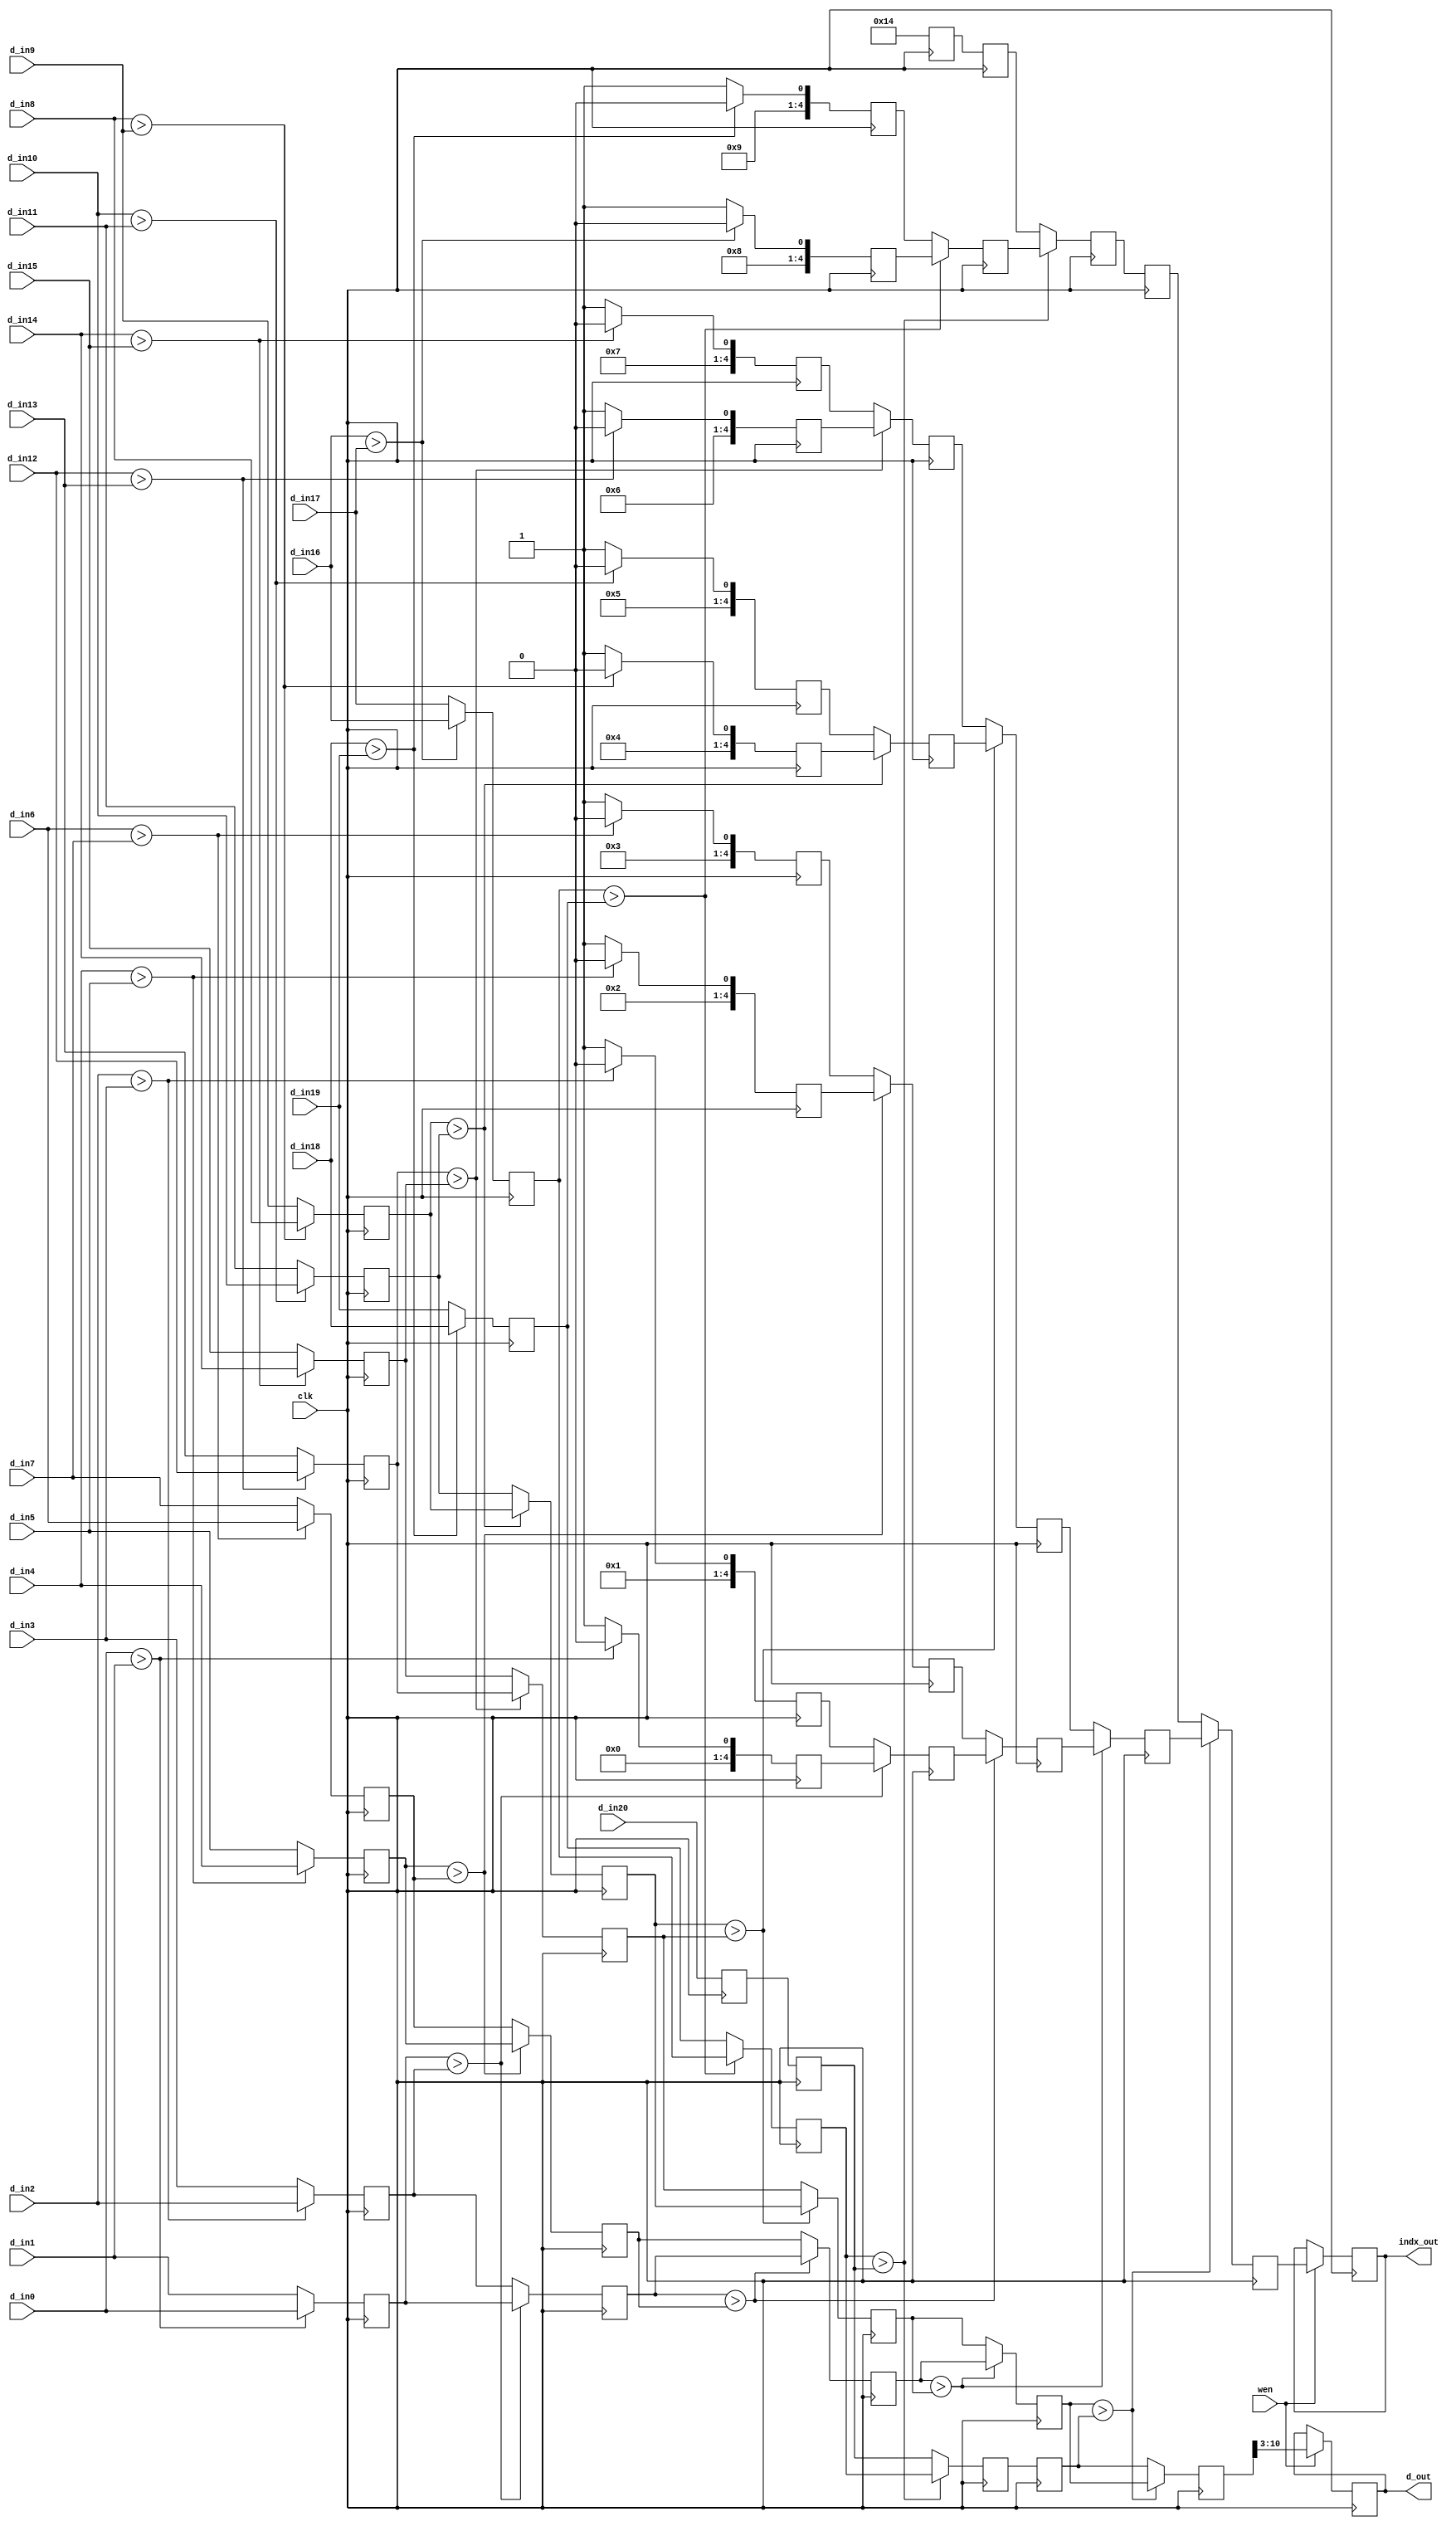

module find_max (clk, wen, 
    d_in0, 
    d_in1, 
    d_in2, 
    d_in3, 
    d_in4, 
    d_in5, 
    d_in6, 
    d_in7, 
    d_in8, 
    d_in9, 
    d_in10, 
    d_in11, 
    d_in12, 
    d_in13, 
    d_in14, 
    d_in15, 
    d_in16, 
    d_in17, 
    d_in18, 
    d_in19, 
    d_in20, 
d_out, indx_out);

    input clk; 
    input wen; 
    input[10:0] d_in0; 
    input[10:0] d_in1; 
    input[10:0] d_in2; 
    input[10:0] d_in3; 
    input[10:0] d_in4; 
    input[10:0] d_in5; 
    input[10:0] d_in6; 
    input[10:0] d_in7; 
    input[10:0] d_in8; 
    input[10:0] d_in9; 
    input[10:0] d_in10; 
    input[10:0] d_in11; 
    input[10:0] d_in12; 
    input[10:0] d_in13; 
    input[10:0] d_in14; 
    input[10:0] d_in15; 
    input[10:0] d_in16; 
    input[10:0] d_in17; 
    input[10:0] d_in18; 
    input[10:0] d_in19; 
    input[10:0] d_in20; 
    reg[10:0] d_in_tmp0; 
    reg[10:0] d_in_tmp1; 
    reg[10:0] d_in_tmp2; 
    reg[10:0] d_in_tmp3; 
    reg[10:0] d_in_tmp4; 
    reg[10:0] d_in_tmp5; 
    reg[10:0] d_in_tmp6; 
    reg[10:0] d_in_tmp7; 
    reg[10:0] d_in_tmp8; 
    reg[10:0] d_in_tmp9; 
    reg[10:0] d_in_tmp10; 
    reg[10:0] d_in_tmp11; 
    reg[10:0] d_in_tmp12; 
    reg[10:0] d_in_tmp13; 
    reg[10:0] d_in_tmp14; 
    reg[10:0] d_in_tmp15; 
    reg[10:0] d_in_tmp16; 
    reg[10:0] d_in_tmp17; 
    reg[10:0] d_in_tmp18; 
    reg[10:0] d_in_tmp19; 
    reg[10:0] d_in_tmp20; 
    output[7:0] d_out; 
    reg[7:0] d_out;
    output[4:0] indx_out; 
    reg[4:0] indx_out;
    reg[10:0] res_1_1; 
    reg[10:0] res_1_2; 
    reg[10:0] res_1_3; 
    reg[10:0] res_1_4; 
    reg[10:0] res_1_5; 
    reg[10:0] res_1_6; 
    reg[10:0] res_1_7; 
    reg[10:0] res_1_8; 
    reg[10:0] res_1_9; 
    reg[10:0] res_1_10; 
    reg[10:0] res_1_11; 
    reg[10:0] res_2_1; 
    reg[10:0] res_2_2; 
    reg[10:0] res_2_3; 
    reg[10:0] res_2_4; 
    reg[10:0] res_2_5; 
    reg[10:0] res_2_6; 
    reg[10:0] res_3_1; 
    reg[10:0] res_3_2; 
    reg[10:0] res_3_3; 
    reg[10:0] res_4_1; 
    reg[10:0] res_4_2; 
    reg[10:0] res_5_1; 
    reg[4:0] indx_1_1; 
    reg[4:0] indx_1_2; 
    reg[4:0] indx_1_3; 
    reg[4:0] indx_1_4; 
    reg[4:0] indx_1_5; 
    reg[4:0] indx_1_6; 
    reg[4:0] indx_1_7; 
    reg[4:0] indx_1_8; 
    reg[4:0] indx_1_9; 
    reg[4:0] indx_1_10; 
    reg[4:0] indx_1_11; 
    reg[4:0] indx_2_1; 
    reg[4:0] indx_2_2; 
    reg[4:0] indx_2_3; 
    reg[4:0] indx_2_4; 
    reg[4:0] indx_2_5; 
    reg[4:0] indx_2_6; 
    reg[4:0] indx_3_1; 
    reg[4:0] indx_3_2; 
    reg[4:0] indx_3_3; 
    reg[4:0] indx_4_1; 
    reg[4:0] indx_4_2; 
    reg[4:0] indx_5_1; 

    always @(posedge clk)
    begin
          if (wen == 1'b1)
          begin
            d_in_tmp0 <= d_in0 ; 
            d_in_tmp1 <= d_in1 ; 
            d_in_tmp2 <= d_in2 ; 
            d_in_tmp3 <= d_in3 ; 
            d_in_tmp4 <= d_in4 ; 
            d_in_tmp5<= d_in5 ; 
            d_in_tmp6 <= d_in6 ; 
            d_in_tmp7 <= d_in7 ; 
            d_in_tmp8 <= d_in8 ; 
            d_in_tmp9 <= d_in9 ; 
            d_in_tmp10 <= d_in10 ; 
            d_in_tmp11 <= d_in11 ; 
            d_in_tmp12 <= d_in12 ; 
            d_in_tmp13 <= d_in13 ; 
            d_in_tmp14 <= d_in14 ; 
            d_in_tmp15 <= d_in15; 
            d_in_tmp16 <= d_in16 ; 
            d_in_tmp17 <= d_in17 ; 
            d_in_tmp18 <= d_in18 ; 
            d_in_tmp19 <= d_in19 ; 
            d_in_tmp20 <= d_in20 ; 
             d_out <= res_5_1[10:3] ; 
             indx_out <= indx_5_1 ; 
          end 

          if (d_in0 > d_in1)
          begin
             res_1_1 <= d_in0 ; 
             indx_1_1 <= 5'b00000 ; 
          end
          else
          begin
             res_1_1 <= d_in1 ; 
             indx_1_1 <= 5'b00001 ; 
          end 
          if (d_in2 > d_in3)
          begin
             res_1_2 <= d_in2 ; 
             indx_1_2 <= 5'b00010 ; 
          end
          else
          begin
             res_1_2 <= d_in3 ; 
             indx_1_2 <= 5'b00011 ; 
          end 
          if (d_in4 > d_in5)
          begin
             res_1_3 <= d_in4 ; 
             indx_1_3 <= 5'b00100 ; 
          end
          else
          begin
             res_1_3 <= d_in5 ; 
             indx_1_3 <= 5'b00101 ; 
          end 
          if (d_in6 > d_in7)
          begin

             res_1_4 <= d_in6 ; 
             indx_1_4 <= 5'b00110 ; 
          end
          else
          begin
             res_1_4 <= d_in7 ; 
             indx_1_4 <= 5'b00111 ; 
          end 
          if (d_in8 > d_in9)
          begin
             res_1_5 <= d_in8 ; 
             indx_1_5 <= 5'b01000 ; 
          end
          else
          begin
             res_1_5 <= d_in9 ; 
             indx_1_5 <= 5'b01001 ; 
          end 
          if (d_in10 > d_in11)
       begin
             res_1_6 <= d_in10 ; 
             indx_1_6 <= 5'b01010 ; 
          end
          else
          begin
             res_1_6 <= d_in11 ; 
             indx_1_6 <= 5'b01011 ; 
          end 
          if (d_in12 > d_in13)
          begin
             res_1_7 <= d_in12 ; 
             indx_1_7 <= 5'b01100 ; 
          end
          else
          begin
             res_1_7 <= d_in13 ; 
             indx_1_7 <= 5'b01101 ; 
          end 
          if (d_in14 > d_in15)
          begin
             res_1_8 <= d_in14 ; 
             indx_1_8 <= 5'b01110 ; 
          end
          else
          begin
             res_1_8 <= d_in15 ; 
             indx_1_8 <= 5'b01111 ; 
          end 
          if (d_in16 > d_in17)
          begin
             res_1_9 <= d_in16 ; 
             indx_1_9 <= 5'b10000 ; 
          end
          else
          begin
             res_1_9 <= d_in17 ; 
             indx_1_9 <= 5'b10001 ; 
          end 
          if (d_in18 > d_in19)
          begin
             res_1_10 <= d_in18 ; 
             indx_1_10 <= 5'b10010 ; 
          end
          else
          begin
             res_1_10 <= d_in19 ; 
             indx_1_10 <= 5'b10011 ; 
          end 
          res_1_11 <= d_in20 ; 
          indx_1_11 <= 5'b10100 ; 
          if (res_1_1 > res_1_2)
          begin
             res_2_1 <= res_1_1 ; 
             indx_2_1 <= indx_1_1 ; 
          end
          else
          begin
             res_2_1 <= res_1_2 ; 
             indx_2_1 <= indx_1_2 ; 
          end 
          if (res_1_3 > res_1_4)
          begin
             res_2_2 <= res_1_3 ; 
             indx_2_2 <= indx_1_3 ; 
          end
          else
          begin
             res_2_2 <= res_1_4 ; 
             indx_2_2 <= indx_1_4 ; 
          end 
          if (res_1_5 > res_1_6)
          begin
             res_2_3 <= res_1_5 ; 
             indx_2_3 <= indx_1_5 ; 
          end
          else
          begin
             res_2_3 <= res_1_6 ; 
             indx_2_3 <= indx_1_6 ; 
          end 
          if (res_1_7 > res_1_8)
          begin
             res_2_4 <= res_1_7 ; 
             indx_2_4 <= indx_1_7 ; 
          end
          else
          begin
             res_2_4 <= res_1_8 ; 
             indx_2_4 <= indx_1_8 ; 
          end 
          if (res_1_9 > res_1_10)
          begin
             res_2_5 <= res_1_9 ; 
             indx_2_5 <= indx_1_9 ; 
          end
          else
          begin
             res_2_5 <= res_1_10 ; 
             indx_2_5 <= indx_1_10 ; 
          end 
          res_2_6 <= res_1_11 ; 
          indx_2_6 <= indx_1_11 ; 
          if (res_2_1 > res_2_2)
          begin
             res_3_1 <= res_2_1 ; 
             indx_3_1 <= indx_2_1 ; 
          end
          else
          begin
             res_3_1 <= res_2_2 ; 
             indx_3_1 <= indx_2_2 ; 
          end 
          if (res_2_3 > res_2_4)
          begin
             res_3_2 <= res_2_3 ; 
             indx_3_2 <= indx_2_3 ; 
          end
          else
          begin
             res_3_2 <= res_2_4 ; 
             indx_3_2 <= indx_2_4 ; 
          end 
          if (res_2_5 > res_2_6)
          begin
             res_3_3 <= res_2_5 ; 
             indx_3_3 <= indx_2_5 ; 
          end
          else
          begin
             res_3_3 <= res_2_6 ; 
             indx_3_3 <= indx_2_6 ; 
          end 
          if (res_3_1 > res_3_2)
          begin
             res_4_1 <= res_3_1 ; 
             indx_4_1 <= indx_3_1 ; 
          end
          else
          begin
             res_4_1 <= res_3_2 ; 
             indx_4_1 <= indx_3_2 ; 
          end 
          res_4_2 <= res_3_3 ; 
          indx_4_2 <= indx_3_3 ; 
          if (res_4_1 > res_4_2)
          begin
             res_5_1 <= res_4_1 ; 
             indx_5_1 <= indx_4_1 ; 
          end
          else
          begin
             res_5_1 <= res_4_2 ; 
             indx_5_1 <= indx_4_2 ; 
          end 
    end 
 endmodule